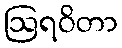
ဩရဝိတာ